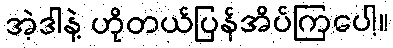
အဲ့ဒါနဲ့ ဟိုတယ်ပြန်အိပ်ကြပေါ့။